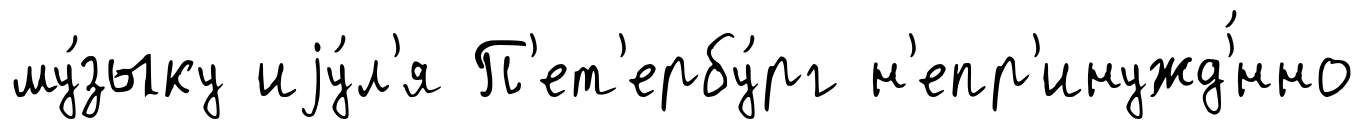
му́зыку иjу́л'я П'ет'ербу́рг н'епр'инужд'́нно